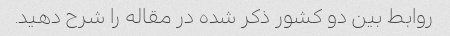
روابط بین دو کشور ذکر شده در مقاله را شرح دهید.